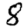
Digit: 8